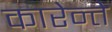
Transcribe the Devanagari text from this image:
कारेन्ते